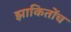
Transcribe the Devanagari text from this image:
झाकितोंच